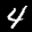
Label: 4